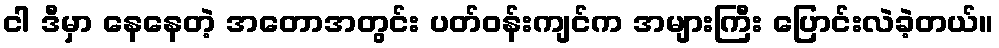
ငါ ဒီမှာ နေနေတဲ့ အတောအတွင်း ပတ်ဝန်းကျင်က အများကြီး ပြောင်းလဲခဲ့တယ်။